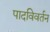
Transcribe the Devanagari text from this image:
पादविवर्तन